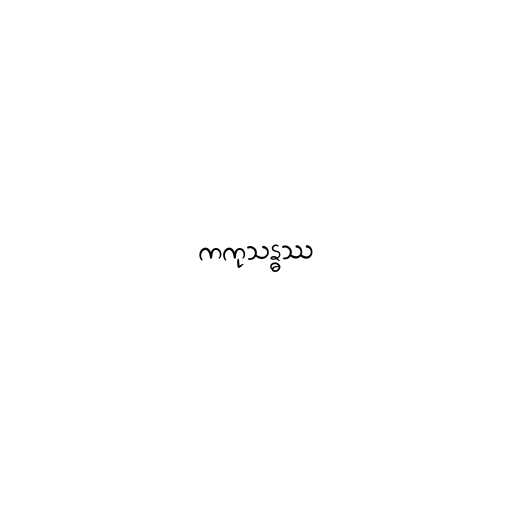
ကကုသန္ဓဿ